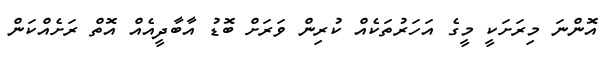
އޮންނަ މިރަށަކީ މީގެ އަހަރުތަކެއް ކުރިން ވަރަށް ބޮޑު އާބާދީއެއް އޮތް ރަށެއްކަން